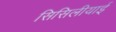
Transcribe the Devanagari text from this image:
सिसिलीयाई